Report of the King Institute of Preventive Medicine, Guindy
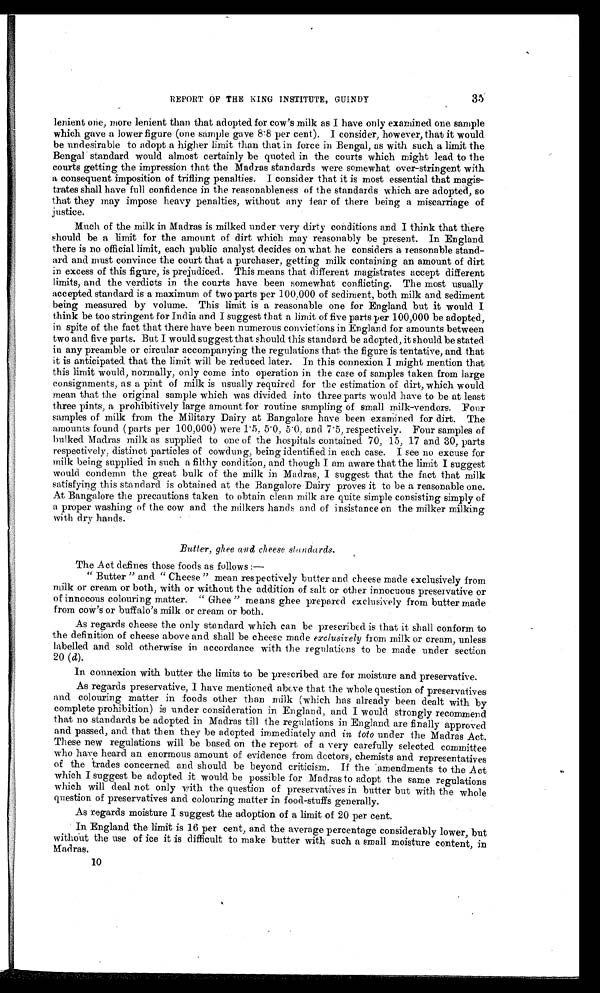
35
REPORT OF THE KING INSTITUTE, GUINDY
lenient one, more lenient than that adopted for cow's milk as I have only examined one sample
which gave a lower figure (one sample gave 8.8 per cent). I consider, however, that it would
be undesirable to adopt a higher limit than that in force in Bengal, as with such a limit the
Bengal standard would almost certainly be quoted in the courts which might lead to the
courts getting the impression that the Madras standards were somewhat over-stringent with
a consequent imposition of trifling penalties. I consider that it is most essential that magis
-
trates shall have full confidence in the reasonableness of the standards which are adopted, so
that they may impose heavy penalties, without any fear of there being a miscarriage of
justice.
Much of the milk in Madras is milked under very dirty conditions and I think that there
should be a limit for the amount of dirt which may reasonably be present. In England
there is no official limit, each public analyst decides on what he considers a reasonable stand
-
ard and must convince the court that a purchaser, getting milk containing an amount of dirt
in excess of this figure, is prejudiced. This means that different magistrates accept different
limits, and the verdicts in the courts have been somewhat conflicting. The most usually
accepted standard is a maximum of two parts per 100.000 of sediment, both milk and sediment
being measured by volume. This limit is a reasonable one for England but it would I
think be too stringent for India and I suggest that a limit of five parts per 100,000 be adopted,
in spite of the fact that there have been numerous convictions in England for amounts between
two and five parts. But I would suggest that should this standard be adopted, it should be stated
in any preamble or circular accompanying the regulations that the figure is tentative, and that
it is anticipated that the limit will be reduced later. In this connexion I might mention that
this limit would, normally, only come into operation in the case of samples taken from large
consignments, as a pint of milk is usually required for the estimation of dirt, which would
mean that the original sample which was divided into three parts would have to be at least
three pints, a prohibitively large amount for routine sampling of small milk-vendors. Four
samples of milk from the Military Dairy at Bangalore have been examined for dirt. The
amounts found (parts per 100,000) were 1.5, 5.0, 5.0, and 7.5, respectively. Four samples of
bulked Madras milk as supplied to one of the hospitals contained 70, 15, 17 and 30, parts
respectively, distinct particles of cowdung, being identified in each case. I see no excuse for
milk being supplied in such a filthy condition, and though I am aware that the limit I suggest
would condemn the great bulk of the milk in Madras, I suggest that the fact that milk
satisfying this standard is obtained at the Bangalore Dairy proves it to be a reasonable one.
At Bangalore the precautions taken to obtain clean milk are quite simple consisting simply of
a proper washing of the cow and the milkers hands and of insistance on the milker milking
with dry hands.
Butter, ghee and cheese standards.
The Act defines those foods as follows :-
" Butter " and " Cheese " mean respectively butter and cheese made exclusively from
milk or cream or both, with or without the addition of salt or other innocuous preservative or
of innocous colouring matter. " Ghee " means ghee prepared exclusively from butter made
from cow's or buffalo's milk or cream or both.
As regards cheese the only standard which can be prescribed is that it shall conform to
the definition of cheese above and shall be cheese made exclusively from milk or cream, unless
labelled and sold otherwise in accordance with the regulations to be made under section
20 ( d).
In connexion with butter the limits to be prescribed are for moisture and preservative.
As regards preservative, I have mentioned above that the whole question of preservatives
and colouring matter in foods other than milk (which has already been dealt with by
complete prohibition) is under consideration in England, and I would strongly recommend
that no standards be adopted in Madras till the regulations in England are finally approved
and passed, and that then they be adopted immediately and in toto under the Madras Act.
These new regulations will be based on the report of a very carefully selected committee
who have heard an enormous amount of evidence from doctors, chemists and representatives
of the trades concerned and should be beyond criticism. If the amendments to the Act
which I suggest be adopted it would be possible for Madras to adopt the same regulations
which will deal not only with the question of preservatives in butter but with the whole
question of preservatives and colouring matter in food-stuffs generally.
As regards moisture I suggest the adoption of a limit of 20 per cent.
In England the limit is 16 per cent, and the average percentage considerably lower, but
without the use of ice it is difficult to make butter with such a small moisture content, in
Madras.
10